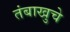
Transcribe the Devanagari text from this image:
तंबाखुचे